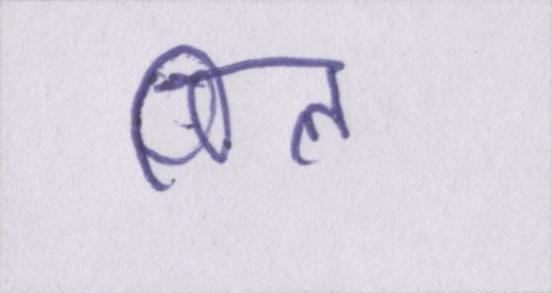
पिल